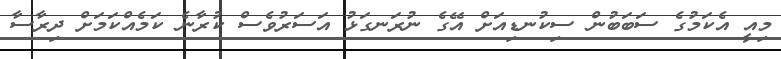
މިއީ އެކަމުގެ ސަބަބުން ސިކުނޑިއަށް އޭގެ ނުރަނގަޅު އަސަރުވެސް ކުރާނެ ކަމެއްކަމަށް ދިރާސާ